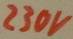
Text: 230V